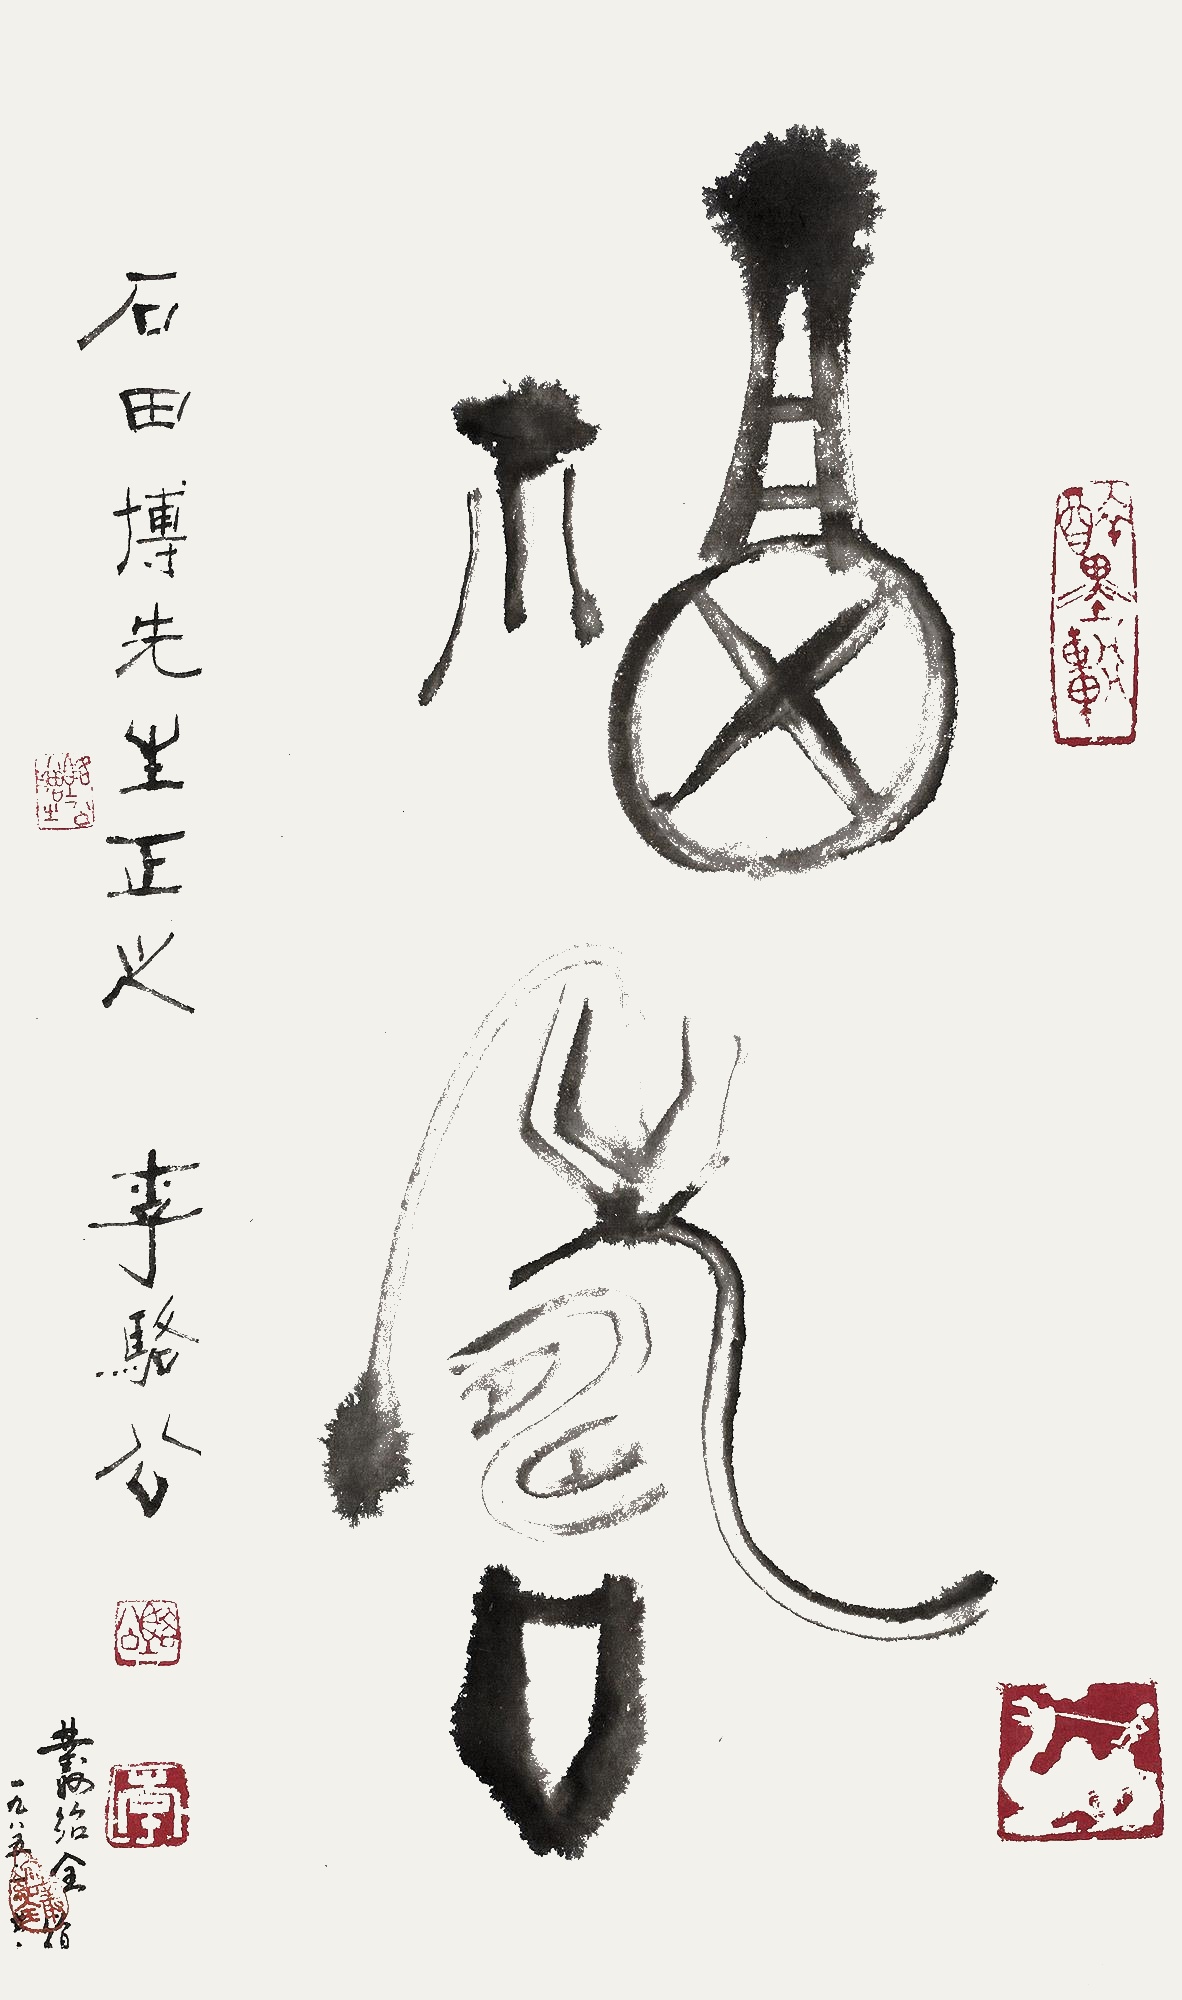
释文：福寿。石田博先生正之，李骆公。业绍泉赠，一九八五。